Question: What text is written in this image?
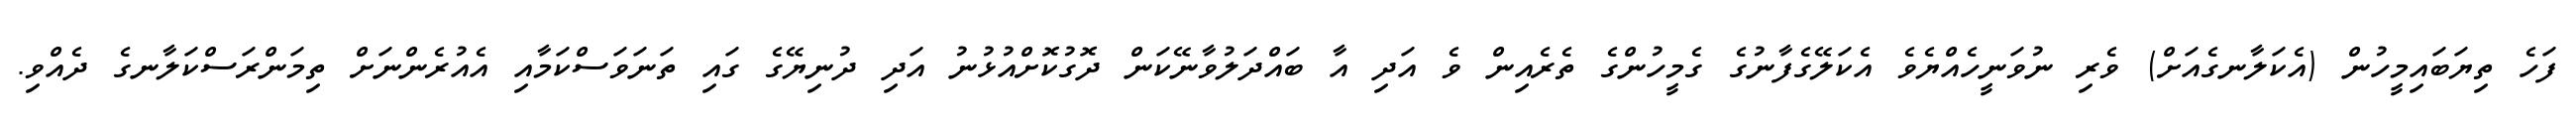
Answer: ފަހެ ތިޔަބައިމީހުން (އެކަލާނގެއަށް) ވެރި ނުވަނީހެއްޔެވެ އެކަލޭގެފާނުގެ ގެމީހުންގެ ތެރެއިން ވެ އަދި އާ ބައްދަލުވާނޭކަން ދޮގުކޮށްއުޅުނު އަދި ދުނިޔޭގެ ގައި ތަނަވަސްކަމާއި އެއުރެންނަށް ތިމަންރަސްކަލާނގެ ދެއްވި.